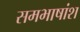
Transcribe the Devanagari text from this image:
समभाषांश